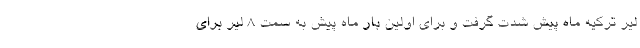
لیر ترکیه ماه پیش شدت گرفت و برای اولین بار ماه پیش به سمت ۸ لیر برای